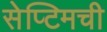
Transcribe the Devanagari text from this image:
सेप्टिमची